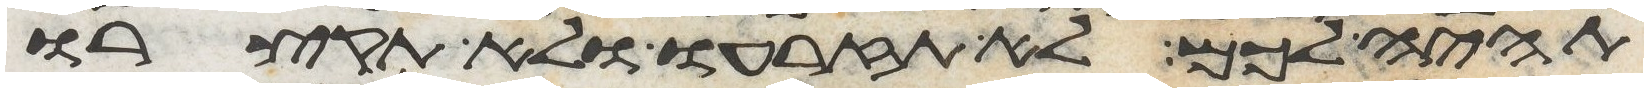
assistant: תהיה לכם לא תזרעו ולא תקצרו